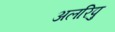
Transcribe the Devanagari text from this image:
अलरिपु